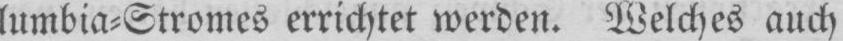
lumbia⸗Stromes errichtet werden. Welches auch